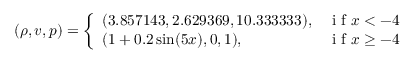
( \rho , v , p ) = \left\{ \begin{array} { l l } { ( 3 . 8 5 7 1 4 3 , 2 . 6 2 9 3 6 9 , 1 0 . 3 3 3 3 3 3 ) , } & { \mathrm { ~ i ~ f ~ } x < - 4 } \\ { ( 1 + 0 . 2 \sin ( 5 x ) , 0 , 1 ) , } & { \mathrm { ~ i ~ f ~ } x \geq - 4 } \end{array} \right.